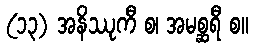
(၁၃) အနိဿုကီ စ၊ အမစ္ဆရီ စ။